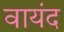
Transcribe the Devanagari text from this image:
वायंद